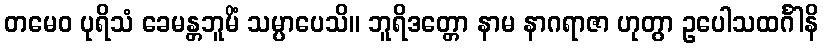
တမေဝ ပုရိသံ ခေမန္တဘူမိံ သမ္ပာပေသိ။ ဘူရိဒတ္တော နာမ နာဂရာဇာ ဟုတွာ ဥပေါသထင်္ဂါနိ